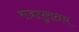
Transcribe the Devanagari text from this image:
राजापुरातच